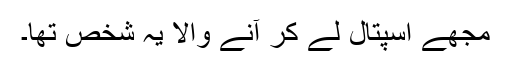
مجھے اسپتال لے کر آنے والا یہ شخص تھا۔